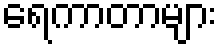
ရေကာတာများ